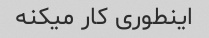
اینطوری کار میکنه